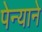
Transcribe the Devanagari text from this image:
पेन्याने